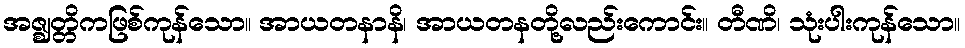
အဇ္ဈတ္တိကဖြစ်ကုန်သော။ အာယတနာနိ၊ အာယတနတို့လည်းကောင်း။ တီဏိ၊ သုံးပါးကုန်သော။